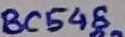
Text: BC548